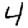
Digit: 4